Calcutta medical institutions reports 1871-78
Year: 1871
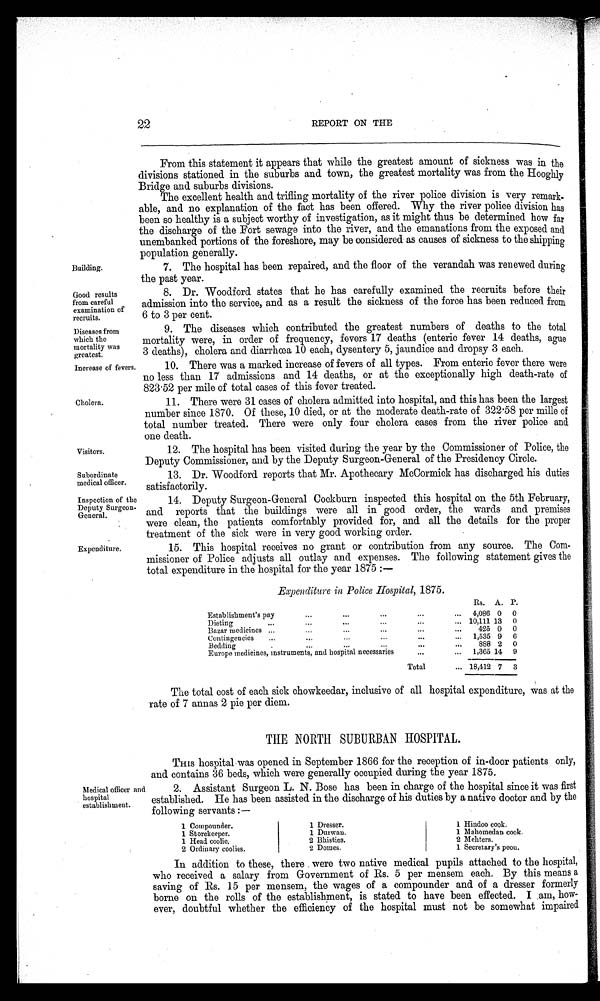
Building.
Good results
from careful
examination of
recruits.
22
REPORT ON THE
From this statement it appears that while the greatest amount of sickness was in the
divisions stationed in the suburbs and town, the greatest mortality was from the Hooghly
Bridge and suburbs divisions.
The excellent health and trifling mortality of the river police division is very remark
- a b l e , a n d n o e x p l a n a t i o n o f t h e f a c t h a s b e e n o f f e r e d . W h y t h e r i v e r p o l i c e d i v i s i o n h a s
been so healthy is a subject worthy of investigation, as it might thus be determined how far
the discharge of the Fort sewage into the river, and the emanations from the exposed and
unembanked portions of the foreshore, may be considered as causes of sickness to the shipping
population generally.
7. The hospital has been repaired, and the floor of the verandah was renewed during
the past year.
8. Dr. Woodford states that he has carefully examined the recruits before their
admission into the service, and as a result the sickness of the force has been reduced from
6 to 3 per cent.
Diseases from
which the
mortality was
greatest.
Increase of fevers.
Cholera.
Visitors.
Subordinate
medical officer.
Inspection of the
Deputy Surgeon-
General.
Expenditure.
9. The diseases which contributed the greatest numbers of deaths to the total
mortality were, in order of frequency, fevers 17 deaths (enteric fever 14 deaths, ague
3 deaths), cholera and diarrhœa 10 each, dysentery 5, jaundice and dropsy 3 each.
10. There was a marked increase of fevers of all types. From enteric fever there were
no less than 17 admissions and 14 deaths, or at the exceptionally high death-rate of
823.52 per mile of total cases of this fever treated.
11. There were 31 cases of cholera admitted into hospital, and this has been the largest
number since 1870. Of these, 10 died, or at the moderate death-rate of 322.58 per mille of
total number treated. There were only four cholera cases from the river police and
one death.
12. The hospital has been visited during the year by the Commissioner of Police, the
Deputy Commissioner, and by the Deputy Surgeon-General of the Presidency Circle.
13. Dr. Woodford reports that Mr. Apothecary McCormick has discharged his duties
satisfactorily.
14. Deputy Surgeon-General Cockburn inspected this hospital on the 5th February,
and reports that the buildings were all in good order, the wards and premises
were clean, the patients comfortably provided for, and all the details for the proper
treatment of the sick were in very good working order.
15. This hospital receives no grant or contribution from any source. The Com
- m i s s i o n e r o f P o l i c e a d j u s t s a l l o u t l a y a n d e x p e n s e s . T h e f o l l o w i n g s t a t e m e n t g i v e s t h e
total expenditure in the hospital for the year 1875 :—
Expenditure in Police Hospital, 1875.
Rs. A. P.
Establishment' s pay
4,086 0 0
Dieting
10,111 13 0
Bazar medicines
425 0 0
C o n t i n g e n c i e s
1,535 9 6
Bedding
888 2 0
Europe medicines, instruments, and hospital necessaries
1,365 14 9
Total
18,412 7 3
Medical officer and
hospital
establishment.
The total cost of each sick chowkeedar, inclusive of all hospital expenditure, was at the
rate of 7 annas 2 pie per diem.
THE NORTH SUBURBAN HOSPITAL.
THIS hospital was opened in September 1866 for the reception of in-door patients only,
and. contains 36 beds, which were generally occupied during the year 1875.
2. Assistant Surgeon L. N. Bose has been in charge of the hospital since it was first
established. He has been assisted in the discharge of his duties by a native doctor and by the
following servants :—
1 Compounder.
1 Dresser.
1 Hindoo cook.
1 Storekeeper.
1 Durwan.
1 Mahomedan cook.
1 Head coolie.
2 Bhisties.
2 Mehters.
2 Ordinary coolies.
2 Domes.
1 Secretary's peon.
In addition to these, there were two native medical pupils attached to the hospital,
who received a salary from Government of Rs. 5 per mensem each. By this means a
saving of Rs. 15 per mensem, the wages of a compounder and of a dresser formerly
borne on the rolls of the establishment, is stated to have been effected. I am, how
- e v e r , d o u b t f u l w h e t h e r t h e e f f i c i e n c y o f t h e h o s p i t a l m u s t n o t b e s o m e w h a t i m p a i r e d